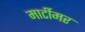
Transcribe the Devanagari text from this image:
मार्टीमर